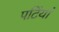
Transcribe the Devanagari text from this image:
पटिंयां